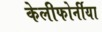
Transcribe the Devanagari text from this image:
केलीफोर्नीया